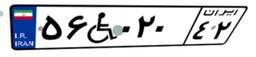
۵۶W۰۲۰۴۲